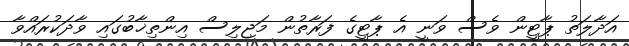
އަދާލަތު ޕާޓީން ވެސް ވަނީ އެ ޕާޓީގެ ފަރާތުން މަޖިލިސް އިންތިޚާބުގައި ވާދަކުރައްވާ